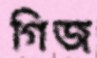
গিজ